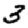
Digit: 3